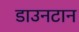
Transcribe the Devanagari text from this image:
डाउनटान